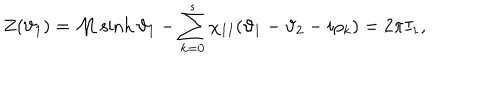
LaTeX: Z ( \vartheta _ { 1 } ) = { \cal M } \sinh \vartheta _ { 1 } - \sum _ { k = 0 } ^ { s } \chi _ { I I } ( \vartheta _ { 1 } - \vartheta _ { 2 } - i \rho _ { k } ) = 2 \pi I _ { 1 } ,